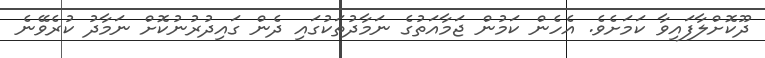
ދޫކޮށްލާފައިވާ ކަމަށެވެ. އެހެން ކަމުން ޖަމާއަތުގެ ނަމާދުތަކުގައި ދެން ގައިދުރުނުކޮށް ނަމާދު ކުރެވޭނެ